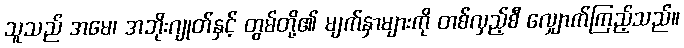
သူသည် အမေ၊ အဘိုးဂျုတ်နှင့် တွမ်တို့၏ မျက်နှာများကို တစ်လှည့်စီ လျှောက်ကြည့်သည်။